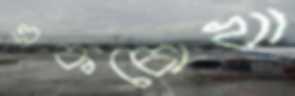
একচোখা